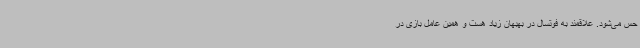
حس می‌شود. علاقمند به فوتسال در بهبهان زیاد هست و همین عامل بازی در